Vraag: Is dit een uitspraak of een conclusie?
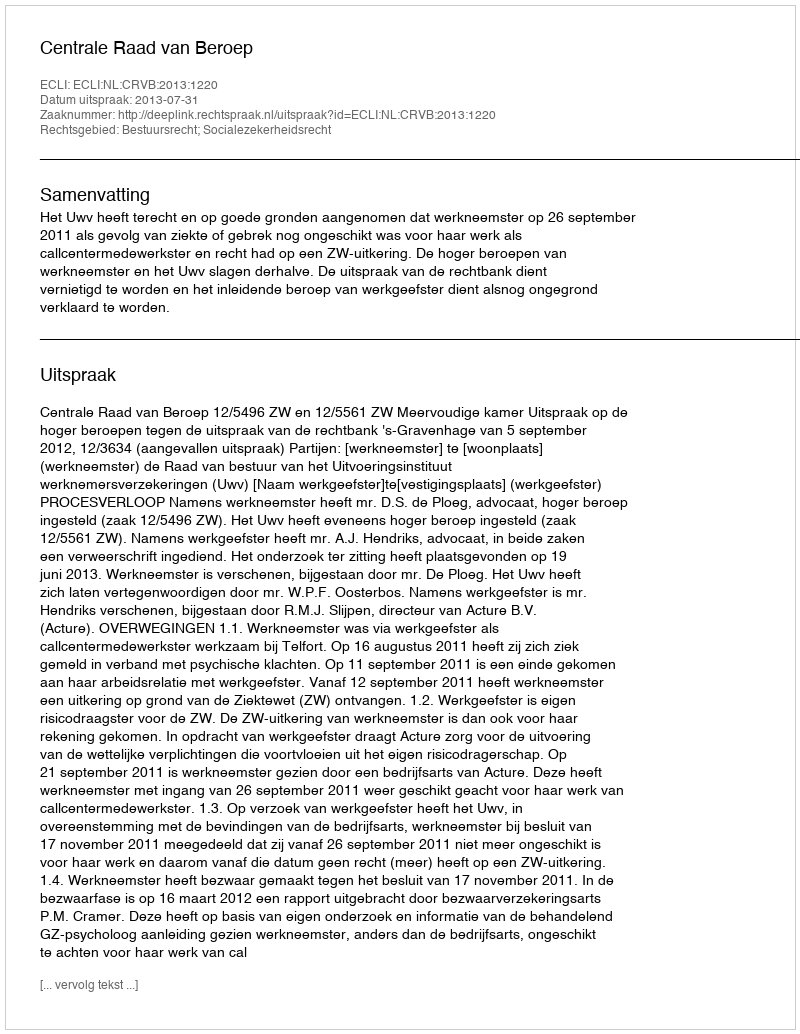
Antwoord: Uitspraak